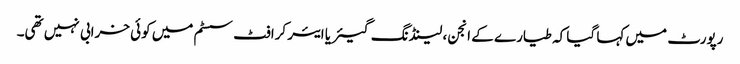
رپورٹ میں کہا گیا کہ طیارے کے انجن، لینڈنگ گیئر یا ایئر کرافٹ سسٹم میں کوئی خرابی نہیں تھی۔